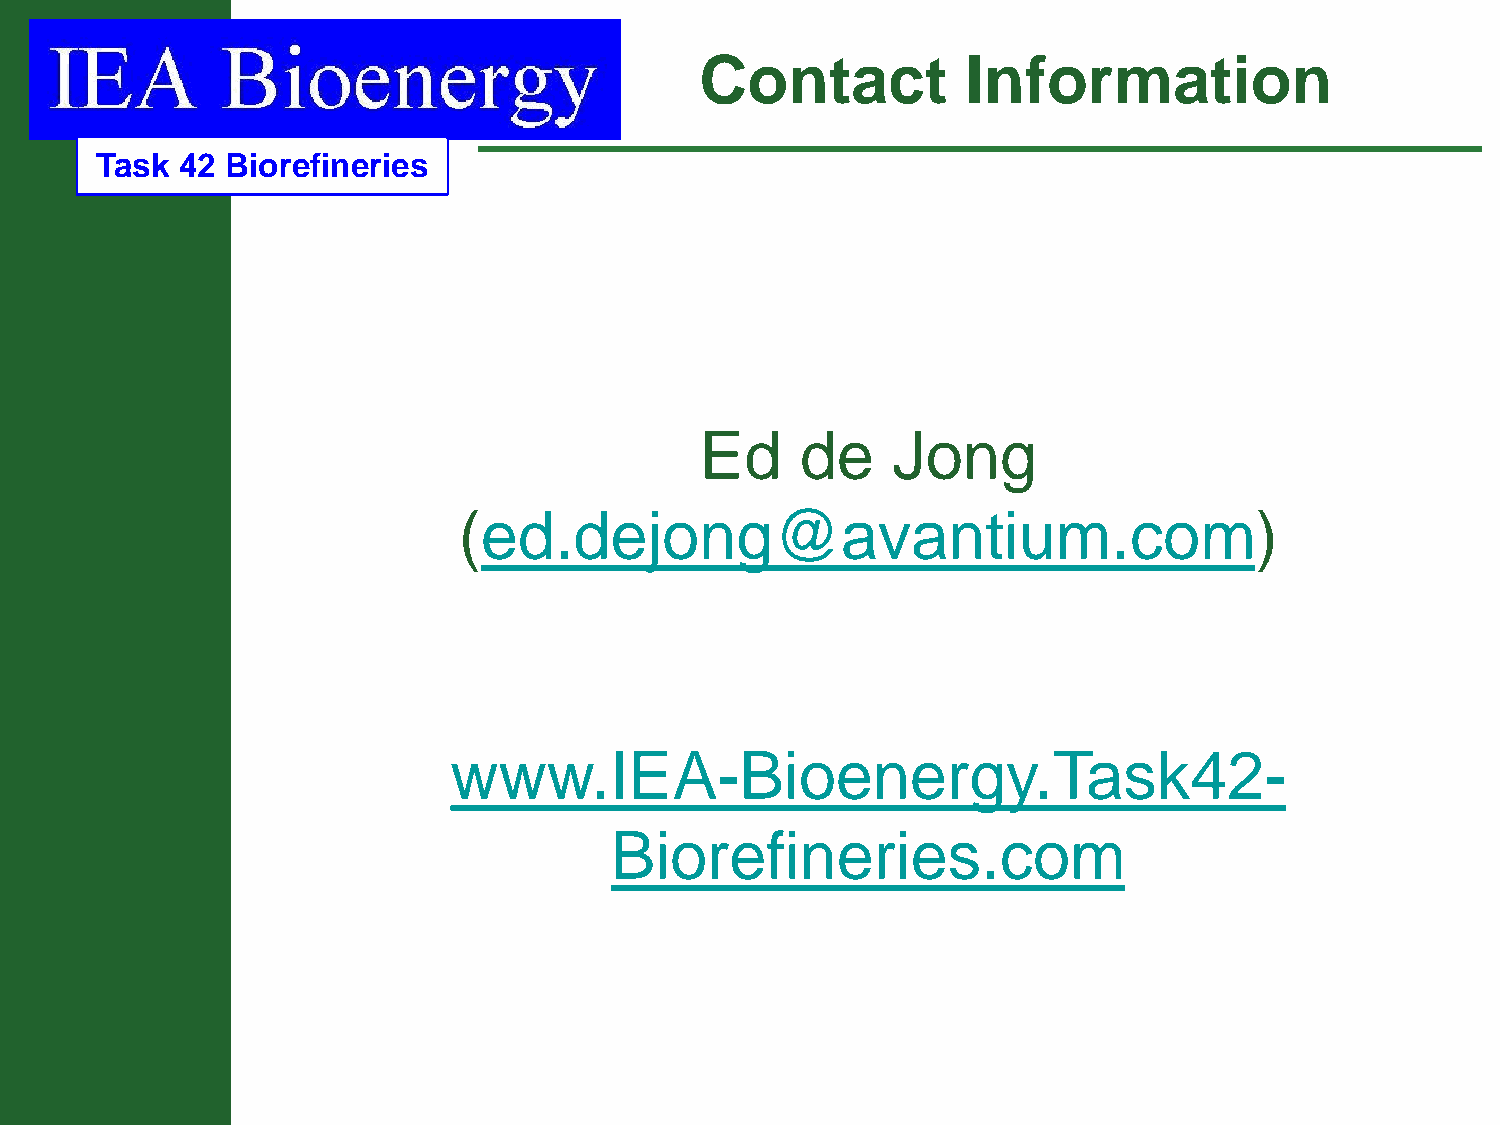
Contact           Information
 Task  42 Biorefineries
 Ed     de    Jong
 (ed.dejong@avantium.com)
 www.IEA-Bioenergy.Task42-
 Biorefineries.com